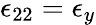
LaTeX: \epsilon_{22}=\epsilon_{y}